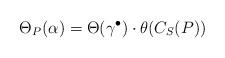
LaTeX: \begin{align*}\Theta_P(\alpha) = \Theta(\gamma^{\bullet}) \cdot \theta(C_S(P))\end{align*}